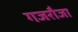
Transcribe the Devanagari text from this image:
गजरौजा